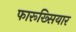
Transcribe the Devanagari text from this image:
फारूख्सियार